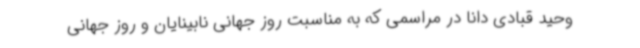
وحید قبادی دانا در مراسمی که به مناسبت روز جهانی نابینایان و روز جهانی